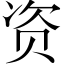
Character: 资